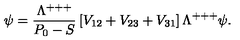
\psi = { \frac { \Lambda ^ { + + + } } { P _ { 0 } - S } } \left[ V _ { 1 2 } + V _ { 2 3 } + V _ { 3 1 } \right] \Lambda ^ { + + + } \psi .